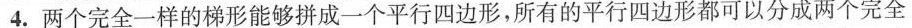
4. 两个完全一样的梯形能够拼成一个平行四边形，所有的平行四边形都可以分成两个完全